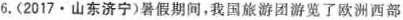
6. (2017·山东济宁)暑假期间，我国旅游团游览了欧洲西部